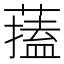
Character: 𦾃